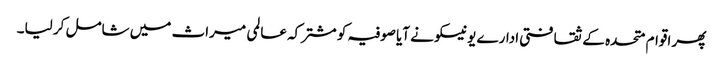
پھر اقوام متحدہ کے ثقافتی ادارے یونیسکو نے آیا صوفیہ کو مشترکہ عالمی میراث میں شامل کر لیا۔